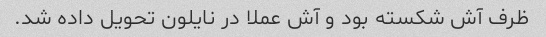
ظرف آش شکسته بود و آش عملا در نایلون تحویل داده شد.